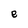
Character: e